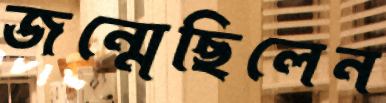
জন্মেছিলেন